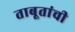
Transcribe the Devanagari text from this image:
ताबूतांची